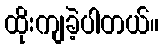
ထိုးကျခဲ့ပါတယ်။